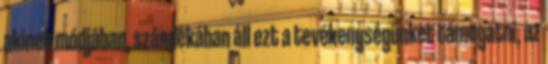
akinek módjában, szándékában áll ezt a tevékenységünket támogatni, az